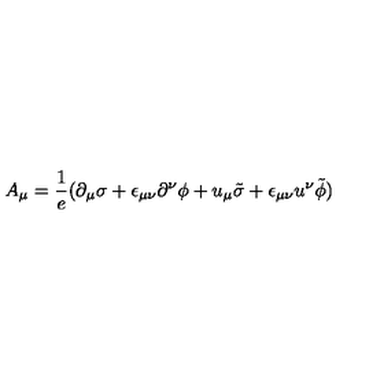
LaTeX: A _ { \mu } = { \frac { 1 } { e } } ( \partial _ { \mu } \sigma + \epsilon _ { \mu \nu } \partial ^ { \nu } \phi + u _ { \mu } \tilde { \sigma } + \epsilon _ { \mu \nu } u ^ { \nu } \tilde { \phi } )